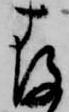
存